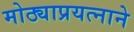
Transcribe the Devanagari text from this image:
मोठ्याप्रयत्नाने